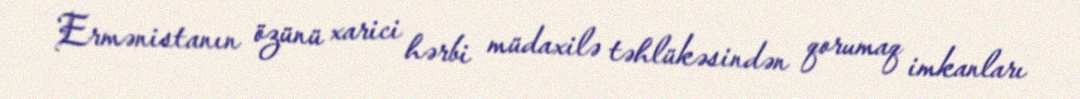
Ermənistanın özünü xarici hərbi müdaxilə təhlükəsindən qorumaq imkanları